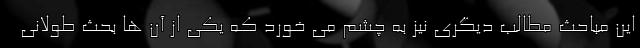
این مباحث مطالب دیگری نیز به چشم می خورد که یکی از آن ها بحث طولانی